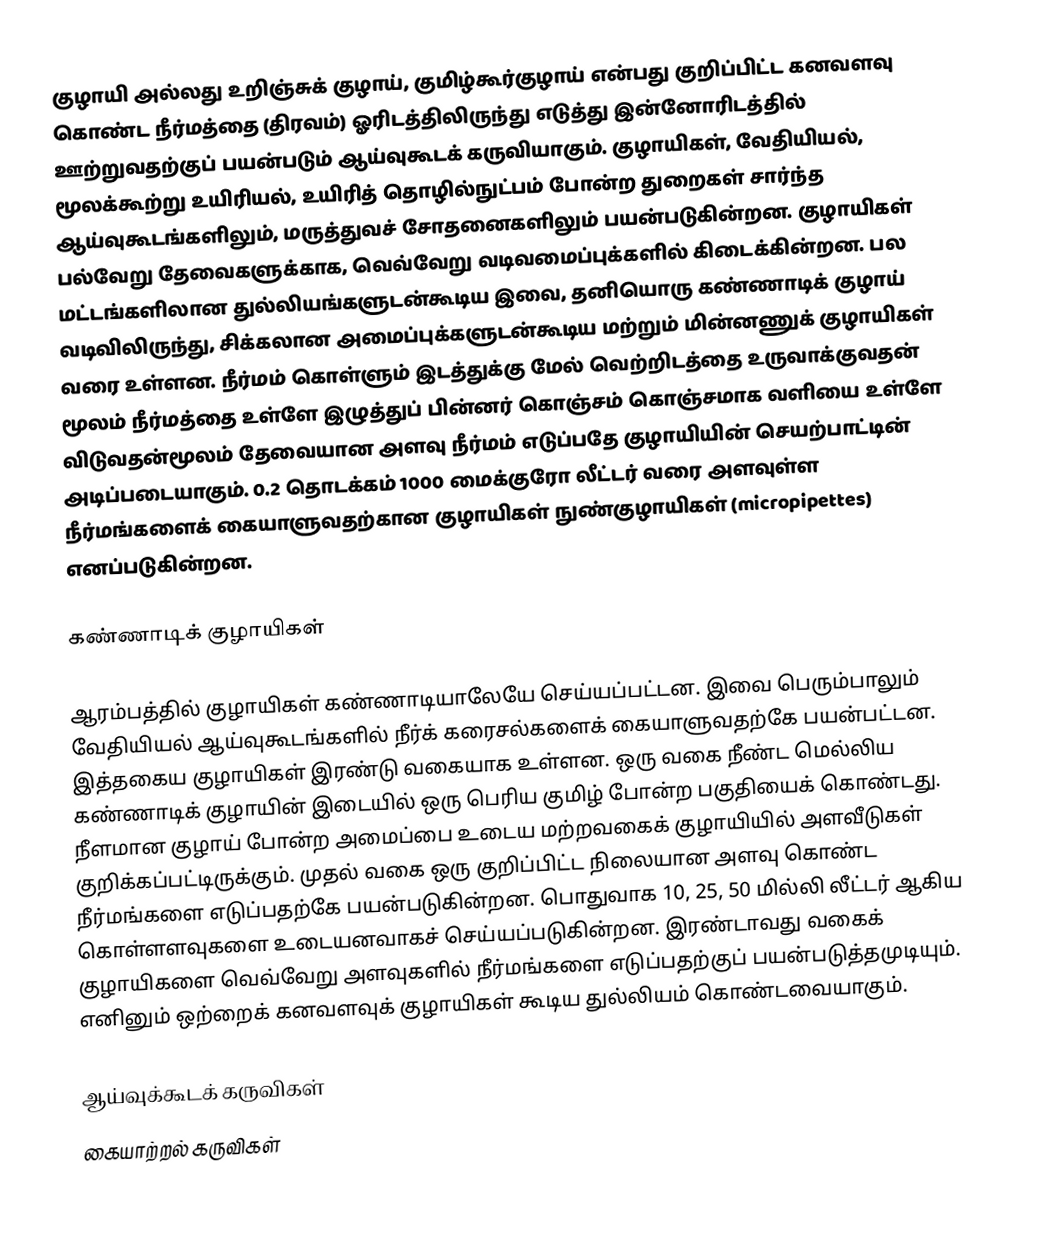
குழாயி அல்லது உறிஞ்சுக் குழாய், குமிழ்கூர்குழாய் என்பது குறிப்பிட்ட கனவளவு கொண்ட நீர்மத்தை (திரவம்) ஓரிடத்திலிருந்து எடுத்து இன்னோரிடத்தில் ஊற்றுவதற்குப் பயன்படும் ஆய்வுகூடக் கருவியாகும். குழாயிகள், வேதியியல், மூலக்கூற்று உயிரியல், உயிரித் தொழில்நுட்பம் போன்ற துறைகள் சார்ந்த ஆய்வுகூடங்களிலும், மருத்துவச் சோதனைகளிலும் பயன்படுகின்றன. குழாயிகள் பல்வேறு தேவைகளுக்காக, வெவ்வேறு வடிவமைப்புக்களில் கிடைக்கின்றன. பல மட்டங்களிலான துல்லியங்களுடன்கூடிய இவை, தனியொரு கண்ணாடிக் குழாய் வடிவிலிருந்து, சிக்கலான அமைப்புக்களுடன்கூடிய மற்றும் மின்னணுக் குழாயிகள் வரை உள்ளன. நீர்மம் கொள்ளும் இடத்துக்கு மேல் வெற்றிடத்தை உருவாக்குவதன் மூலம் நீர்மத்தை உள்ளே இழுத்துப் பின்னர் கொஞ்சம் கொஞ்சமாக வளியை உள்ளே விடுவதன்மூலம் தேவையான அளவு நீர்மம் எடுப்பதே குழாயியின் செயற்பாட்டின் அடிப்படையாகும். 0.2 தொடக்கம் 1000 மைக்குரோ லீட்டர் வரை அளவுள்ள நீர்மங்களைக் கையாளுவதற்கான குழாயிகள் நுண்குழாயிகள் (micropipettes) எனப்படுகின்றன.

கண்ணாடிக் குழாயிகள்

ஆரம்பத்தில் குழாயிகள் கண்ணாடியாலேயே செய்யப்பட்டன. இவை பெரும்பாலும் வேதியியல் ஆய்வுகூடங்களில் நீர்க் கரைசல்களைக் கையாளுவதற்கே பயன்பட்டன. இத்தகைய குழாயிகள் இரண்டு வகையாக உள்ளன. ஒரு வகை நீண்ட மெல்லிய கண்ணாடிக் குழாயின் இடையில் ஒரு பெரிய குமிழ் போன்ற பகுதியைக் கொண்டது. நீளமான குழாய் போன்ற அமைப்பை உடைய மற்றவகைக் குழாயியில் அளவீடுகள் குறிக்கப்பட்டிருக்கும். முதல் வகை ஒரு குறிப்பிட்ட நிலையான அளவு கொண்ட நீர்மங்களை எடுப்பதற்கே பயன்படுகின்றன. பொதுவாக 10, 25, 50 மில்லி லீட்டர் ஆகிய கொள்ளளவுகளை உடையனவாகச் செய்யப்படுகின்றன. இரண்டாவது வகைக் குழாயிகளை வெவ்வேறு அளவுகளில் நீர்மங்களை எடுப்பதற்குப் பயன்படுத்தமுடியும். எனினும் ஒற்றைக் கனவளவுக் குழாயிகள் கூடிய துல்லியம் கொண்டவையாகும்.

ஆய்வுக்கூடக் கருவிகள்
கையாற்றல் கருவிகள்